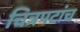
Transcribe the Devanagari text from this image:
चित्रपटांच